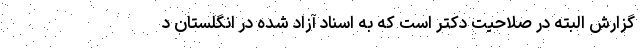
گزارش البته در صلاحیت دکتر است که به اسناد آزاد شده در انگلستان د